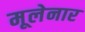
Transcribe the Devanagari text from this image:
मूलेनार